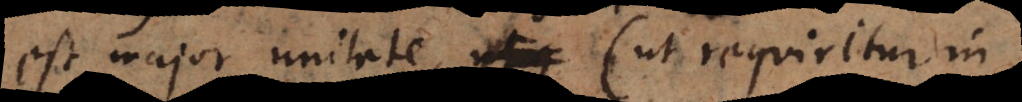
est major unitate (ut requiritur in